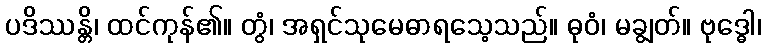
ပဒိဿန္တိ၊ ထင်ကုန်၏။ တွံ၊ အရှင်သုမေဓာရသေ့သည်။ ဓုဝံ၊ မချွတ်။ ဗုဒ္ဓေါ၊